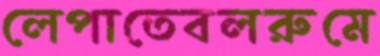
লেপাতেবলরুমে